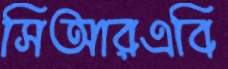
সিআরএবি